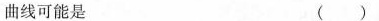
曲线可能是 ( )